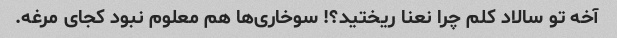
آخه تو سالاد کلم چرا نعنا ریختید؟! سوخاری‌ها هم معلوم نبود کجای مرغه.